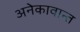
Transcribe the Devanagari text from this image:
अनेकावान्त